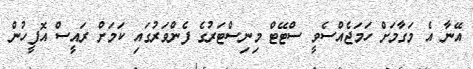
އޭނާ އެ މަގާމަށް ހަމަޖެއްސެވީ ސްޓޭޓް މިނިސްޓަރުގެ ފެންވަރުގައި ކަމަށް ރައީސް އޮފީހުން